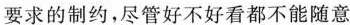
要求的制约，尽管好不好看都不能随意